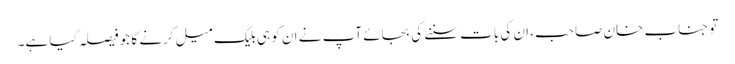
تو جناب خان صاحب، ان کی بات سننے کی بجائے آپ نے ان کو ہی بلیک میل کرنے کا جو فیصلہ کیا ہے۔